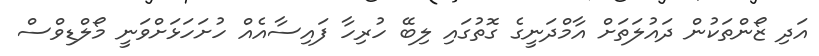
އަދި ޒޯންތަކުން ދައުލަތަށް އާމްދަނީގެ ގޮތުގައި ލިބޭ ހުރިހާ ފައިސާއެއް ހުށަހަޅަށްވަނީ މޯލްޑިވްސް